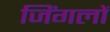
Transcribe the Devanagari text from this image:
जिंगलों